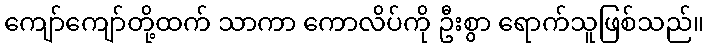
ကျော်ကျော်တို့ထက် သာကာ ကောလိပ်ကို ဦးစွာ ရောက်သူဖြစ်သည်။